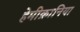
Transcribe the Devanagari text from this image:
हेमीक्रानिया